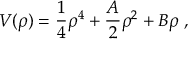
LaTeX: { \cal V } ( \rho ) = { \frac { 1 } { 4 } } \rho ^ { 4 } + { \frac { A } { 2 } } \rho ^ { 2 } + B \rho \ ,